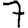
Digit: 7